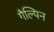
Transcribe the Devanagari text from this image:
गैल्पिन